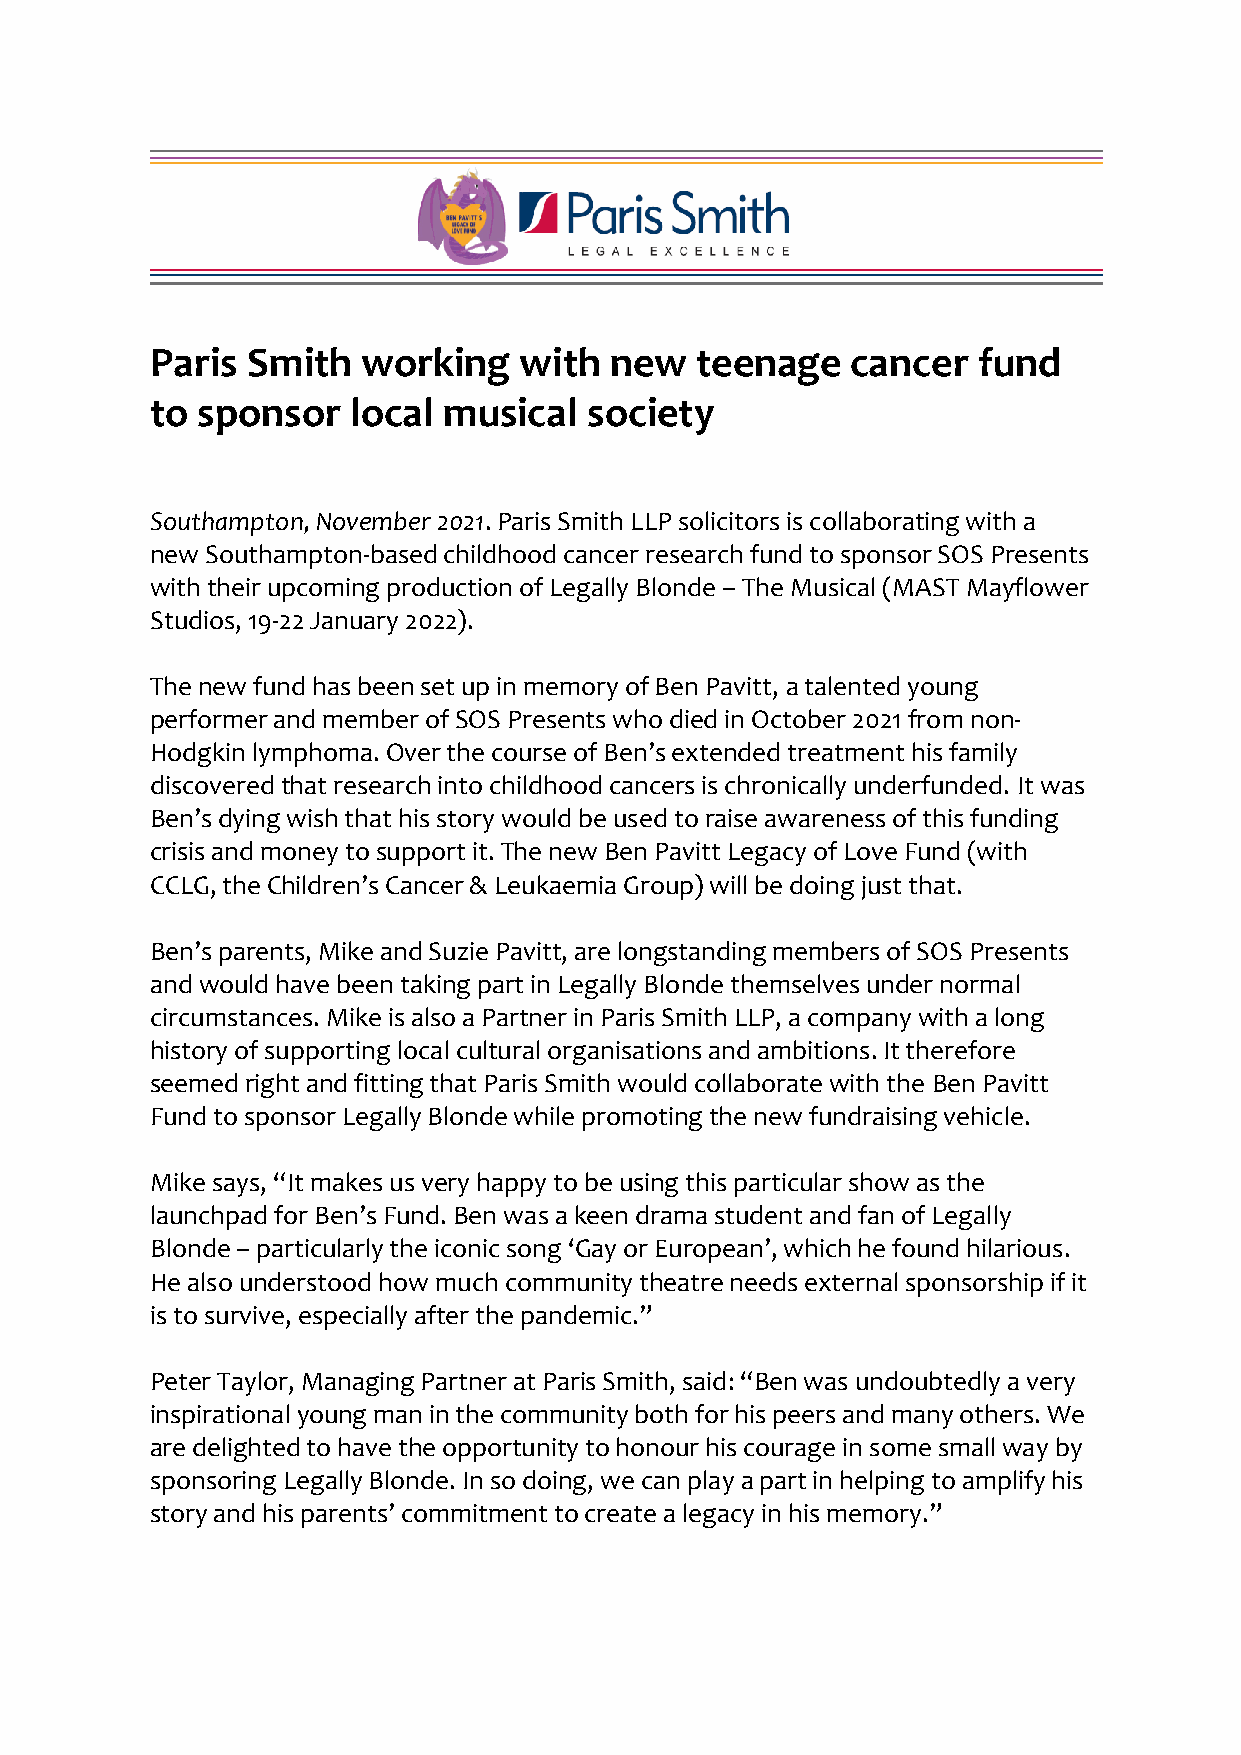
Paris Smith   working   with  new   teenage   cancer   fund
 to sponsor   local musical   society
 Southampton, November 2021. Paris Smith LLP solicitors is collaborating with a
 new Southampton-based childhood cancer research fund to sponsor SOS Presents
 with their upcoming production of Legally Blonde – The Musical (MAST Mayflower
 Studios, 19-22 January 2022).
 The new fund has been set up in memory of Ben Pavitt, a talented young
 performer and member of SOS Presents who died in October 2021 from non-
 Hodgkin lymphoma. Over the course of Ben’s extended treatment his family
 discovered that research into childhood cancers is chronically underfunded. It was
 Ben’s dying wish that his story would be used to raise awareness of this funding
 crisis and money to support it. The new Ben Pavitt Legacy of Love Fund (with
 CCLG, the Children’s Cancer & Leukaemia Group) will be doing just that.
 Ben’s parents, Mike and Suzie Pavitt, are longstanding members of SOS Presents
 and would have been taking part in Legally Blonde themselves under normal
 circumstances. Mike is also a Partner in Paris Smith LLP, a company with a long
 history of supporting local cultural organisations and ambitions. It therefore
 seemed right and fitting that Paris Smith would collaborate with the Ben Pavitt
 Fund to sponsor Legally Blonde while promoting the new fundraising vehicle.
 Mike says, “It makes us very happy to be using this particular show as the
 launchpad for Ben’s Fund. Ben was a keen drama student and fan of Legally
 Blonde – particularly the iconic song ‘Gay or European’, which he found hilarious.
 He also understood how much community theatre needs external sponsorship if it
 is to survive, especially after the pandemic.”
 Peter Taylor, Managing Partner at Paris Smith, said: “Ben was undoubtedly a very
 inspirational young man in the community both for his peers and many others. We
 are delighted to have the opportunity to honour his courage in some small way by
 sponsoring Legally Blonde. In so doing, we can play a part in helping to amplify his
 story and his parents’ commitment to create a legacy in his memory.”